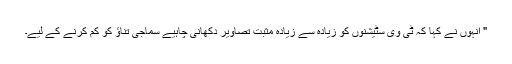
" انہوں نے کہا کہ ٹی وی سٹیشنوں کو زیادہ سے زیادہ مثبت تصاویر دکھانی چاہیے سماجی تناؤ کو کم کرنے کے لیے۔